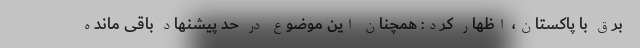
برق با پاکستان، اظهار کرد: همچنان این موضوع در حد پیشنهاد باقی مانده